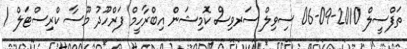
ތަފްސީލް 2010-09-06 ސިވިލް ސަރވިސް ކޮމިޝަން އިބްރާހީމް ފަރްހޫދު މޫސާ ކްރިސްޓަލް /